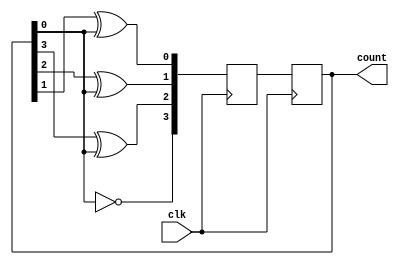
module johnson_counter(
    input wire clk,
    output reg [3:0] count
);

reg [3:0] next_count;

always @(posedge clk) begin
    next_count[3] <= ~count[0];
    next_count[2] <= count[3] ^ count[0];
    next_count[1] <= count[2] ^ count[0];
    next_count[0] <= count[1] ^ count[0];

    count <= next_count;
end

endmodule